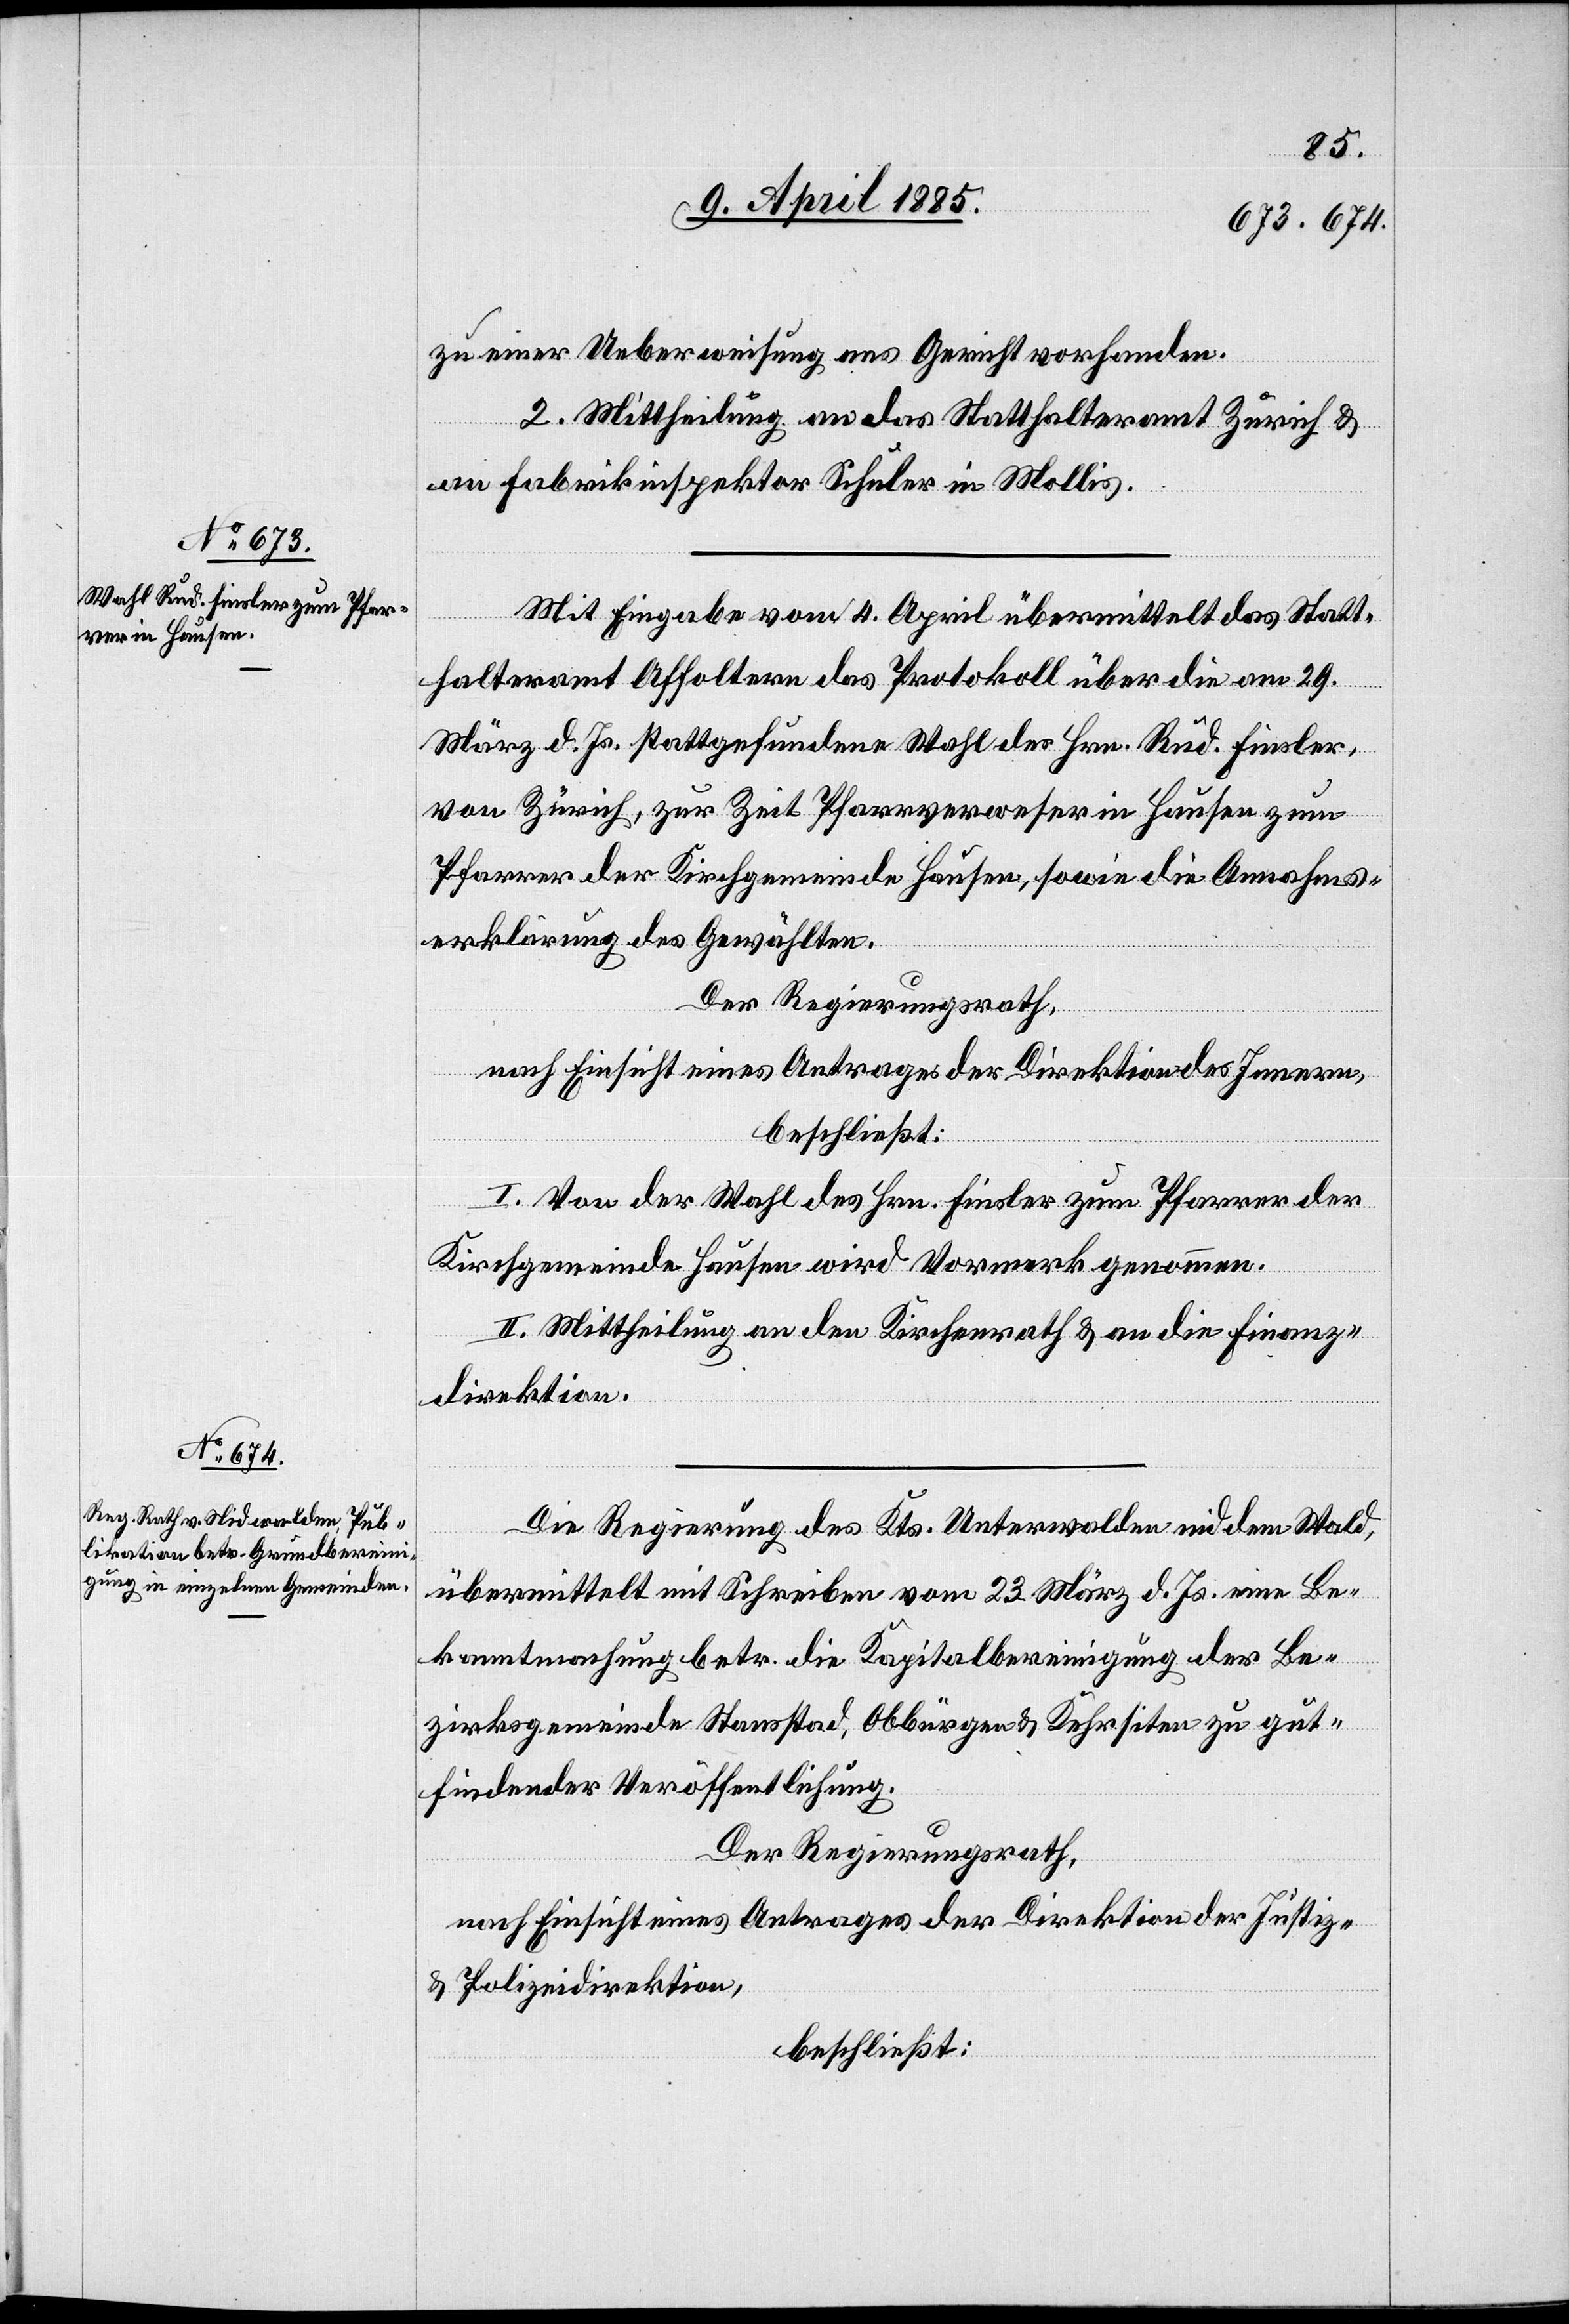
zu einer Ueberweisung ans Gericht vorhanden.
2. Mittheilung an das Statthalteramt Zürich &
an Fabrikinspektor Schuler in Mollis.
Mit Eingabe vom 4. April übermittelt das Statt¬
halteramt Affoltern das Protokoll über die am 29.
März d. Js. stattgefundene Wahl des Hrn. Rud. Fiesler,
von Zürich, zur Zeit Pfarrverweser in Hausen zum
Pfarrer der Kirchgemeinde Hausen, sowie die Annahms¬
erklärung des Gewählten.
Der Regierungsrath,
nach Einsicht eines Antrages der Direktion des Innern,
beschließt:
I. Von der Wahl des Hrn. Fiesler zum Pfarrer der
Kirchgemeinde Hausen wird Vormerk genommen.
II. Mittheilung an den Kirchenrath & an die Finanz¬
direktion.
Die Regierung des Kts. Unterwalden nid dem Wald,
übermittelt mit Schreiben vom 23. März d. Js. eine Be¬
kanntmachung betr. die Kapitalbereinigung der Be¬
zirksgemeinde Stansstad, Obbürgen & Kehrsiten zu gut¬
findender Veröffentlichung.
Der Regierungsrath,
nach Einsicht eines Antrages der Direktion der Justiz-
&Polizeidirektion,
beschließt: